Report on the administration of the Government Cinchona Department 1892-98
Year: 1892
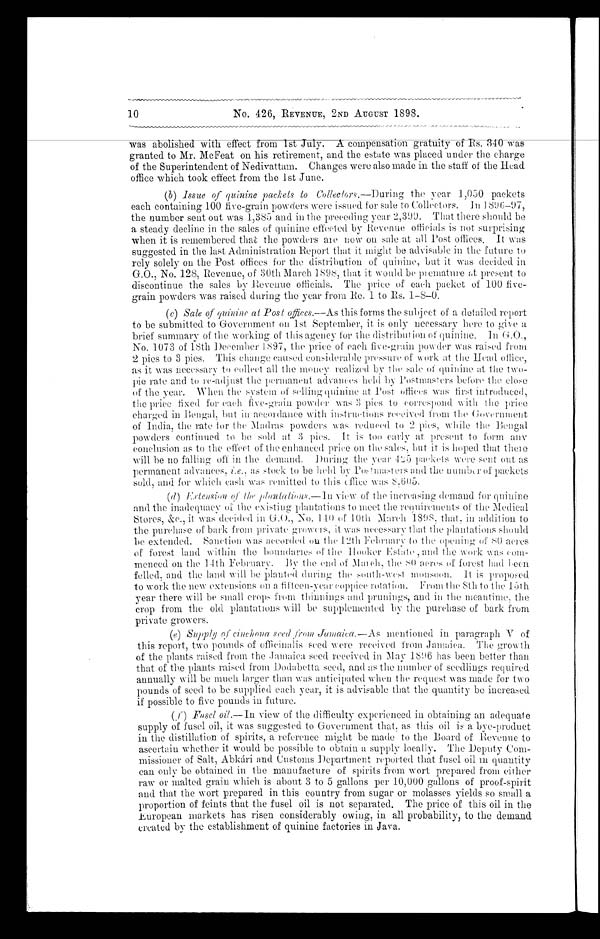
10
No. 426, REVENUE, 2ND AUGUST 1898 .
was abolished with effect from 1st July. compensation gratuity of Rs.340 was
granted to Mr. McFeat on his retirement, and the estate was placed under the charge
of the Superintendent of Nedivattam. Changes were also made in the staff of the Head
office which took effect from the 1st June.
( b ) I
s s u e o f q u i n i n e p a c k e t s t o C o l le
c t o r s . — D u r i n g t h e y e a r 1 , 0 5 0 p a c k e t s
each containing 100 five-grain powders were issued for sale to Collectors. In 1896-97,
the number sent out was 1,385 and in the preceding year 2,399. That there should be
a steady decline in the sales of quinine effeeted by Revenue officials is not surprising
when it is remembered that the powders are now on sale at all Post offices. It was
suggested in the last Administration Report that it might be advisable in the future to
rely solely on the Post offices for the distribution of quinine, tut it was decided in
G.O., No. 128, Revenue, of 30th March 1898, that it would be premature at present to
discontinue the sales by Revenue officials. The price of each packet of 100 five-
grain powders was raised during the year from Re. 1 to Rs. 1-8-0.
( c ) S a l e o f q u i n i n e a t P o s t o f f i c e s . —A
s
t h i s f o r m s t h e s u b j e c t o f a d e t a i l e d r e p o r t
to be submitted to Government on 1st September, it is only necessary here to give a
brief summary of the working of this agency for the distribution of quinine. In G.O.,
No. 1073 of 18th December 1897, the price of each five-grain powder was raised from
2 pies to 3 pies. This change caused considerable pressure of work at the Head office,
as it was necessary to colleet all the money realized by the sale of quinine at them two-
pie rate and to re-adjust the permanent advances held by Postmasters before the close
o f
t h e y e a r . W h e n t h e s y s t e m o f s e l l i n g q u i n i n e a t P o s t o f f i c e s w a s f i r s t i n t r o d u c e d ,
the price fixed for each five-grain powder was pies to correspond with the price
charged in Bengal, but in accordance with instruetions received from the Government
of India, the rate for the Madras powders was reduced to 2 pies, while the
powders continued to be sold at 3 pies. it is too early at present to form any
conclusion as to the effect of the enhanced price on the sales, but it is hoped that there
will be no falling off in the demand. During the year 425 packets were sent out as was
permanent advances, i.e ., as stock to be held by Postmasters and the number of packets
sold, and for which cash was remitted to this office was 8,605.
(d ) Extension of the, plantations.—In view of the increasing demand for quinine
and the inadequaey of the existing plantations to meet the requirements of the Medical
Stores, &amp;c., it was decided in G.O., No. 140 of 10th. March 1898, that, in addition to
the purchase of bark from private growers, it was necessary that the plantations should
be extended. Sanetion was accorded on the 12th February to the opening of 80 acres
of forest land within the boundaries of the Hooker Estate, and the work was com-
menced on the 14th February. By the end of March, the 80 aeres of forest had been
and the land will he planted during the south-west monsoon. it is proposed
to work the new extensions on a fifteen-Year coppice rotation. From the 8th to the 15th
year there will be small crops from thinnings and prunings, and in the meantime, the
crop from the old plantations will be supplemented lay the purchase of bark from
private growers.
(e) Supply of cinchona seed from jumaica.— As mentioned in paragraph V of
this report, two pounds of officinalis seed were received from Jamaiea. The growth
of the plants raised from the Jamaiea seed received in May 1896 has been better than
that of the plants raised from Dodabetta seed, and as the number of seedlings required
annually will be much larger than was anticipated when the request was made for two
pounds of seed to be supplied each year, it is advisable that the quantity be increased
if possible to five pounds in future.
(f) Fusel oil.— In view of the difficulty experienced in obtaining an adequate
supply of fusel oil, it was suggested to Government that, as this oil is a bye-product
in the distillation of spirits, a reference might be made to the Board of Revenue to
ascertain whether it would be possible to obtain a supply locally. The Deputy Com-
missioner of Salt, Abkári and Customs Department reported that fusel oil m quantity
can onl y be obt ai ned Ai n t he manuf act ur e of spi r i t s f r om wor t pr epar ed f r om ei t her
raw or malted grain which is about 3 to 5 gallons per 10,000 gallons of proof-spirit
and that the wort prepared in this country from sugar or molasses yields so small a
proportion of feints that the fusel oil is not separated. The price of this oil in the
European markets has risen considerably owing, in all probability, to the demand
created by the establishment of quinine factories in Java.